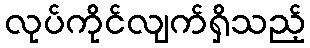
လုပ်ကိုင်လျက်ရှိသည့်